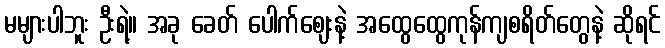
မများပါဘူး ဦးရဲ့။ အခု ခေတ် ပေါက်ဈေးနဲ့ အထွေထွေကုန်ကျစရိတ်တွေနဲ့ ဆိုရင်